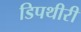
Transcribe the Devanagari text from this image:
डिपथीरी